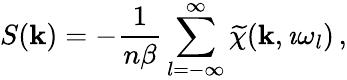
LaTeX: S(\boldsymbol{\mathbf{k}})=-\frac{{1}}{{{n}\beta}}\displaystyle\sum_{l=-\infty}^{\infty}\widetilde{{\chi}}(\boldsymbol{\mathbf{k}},\imath\omega_{l})\, ,